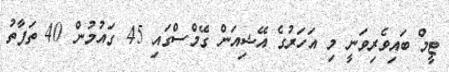
ޓީމް ބައިވެރިވަނީ މި އަހަރުގެ އޭޝިއަން ގޭމްސްގައި 45 ގައުމުން 40 ތަފާތު